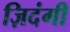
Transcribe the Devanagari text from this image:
ज़िदंगी